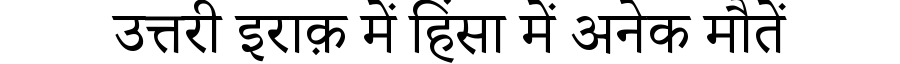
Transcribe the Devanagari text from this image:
उत्तरी इराक़ में हिंसा में अनेक मौतें